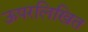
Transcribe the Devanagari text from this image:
ऊपरलिखित